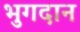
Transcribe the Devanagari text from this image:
भुगदान